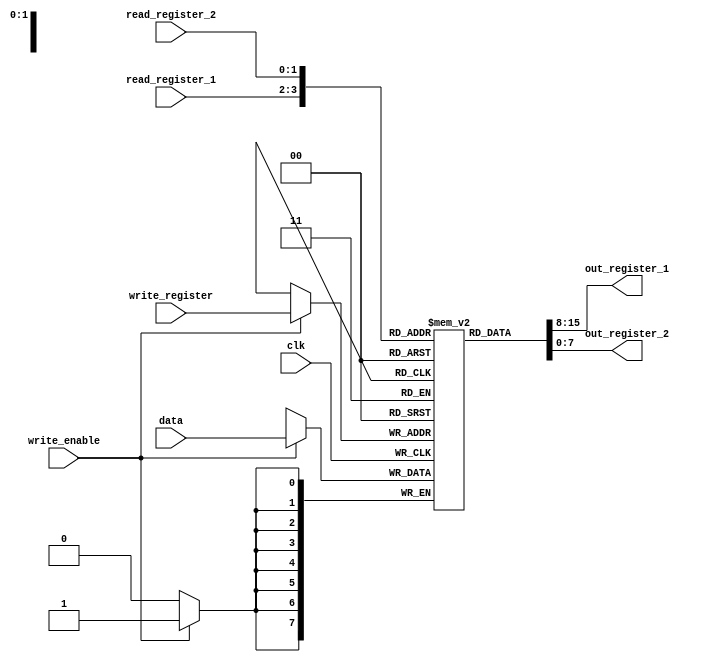
/*
	Caio Vinicius Pereira Silveira
	12/09/2022
	
	Descricao do banco de 4 registradores de 8 bits
	Leitura assincrona (multiplexadores), escrita sincrona na borda de descida do clock.
*/

module registradores_uso_geral
(
	input clk,
	input [1:0] read_register_1,
	input [1:0] read_register_2,
	input [1:0] write_register,
	input [7:0] data,
	input write_enable,
	output [7:0] out_register_1,
	output [7:0] out_register_2
);

	reg [7:0] registradores [3:0]; //4 registradores de 8 bits
	
	//muxes de selecao da leitura (assincronos)
	assign out_register_1 = registradores[read_register_1];
	assign out_register_2 = registradores[read_register_2];
	
	always @ (negedge clk) begin
		if(write_enable) begin
			registradores[write_register] = data;
		end
	end
	
endmodule